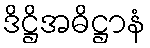
ဒိဋ္ဌိအဓိဋ္ဌာနံ